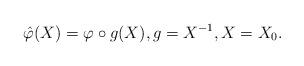
LaTeX: \begin{align*}\hat{\varphi}(X)=\varphi\circ g(X),g=X^{-1},X=X_0. \end{align*}